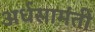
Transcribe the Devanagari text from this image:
अर्धसामंती